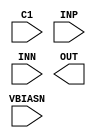
module LVDStop (
`ifdef USE_POWER_PINS
    inout VDD,
    inout GND,
`endif
    input C1,
    input INP,
    input INN,
    input VBIASN,
    output OUT,
);

endmodule